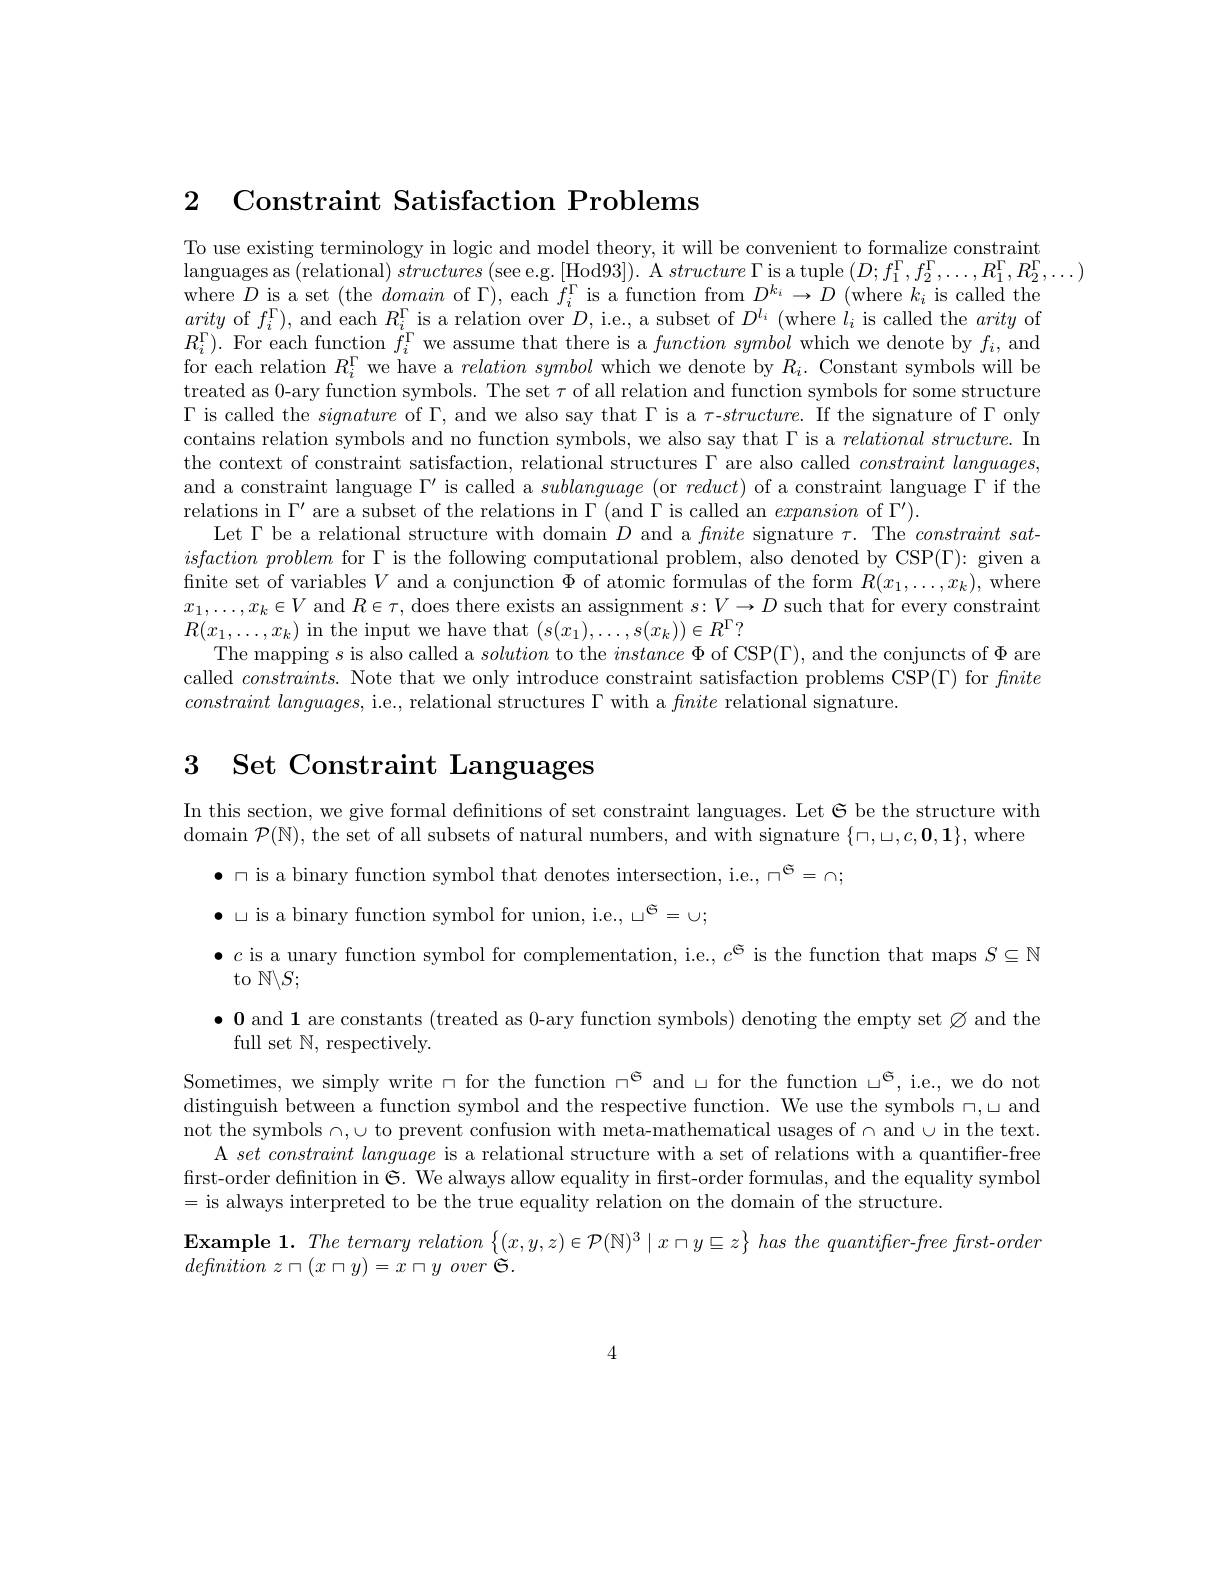
2 Constraint Satisfaction Problems

To use existing terminology in logic and model theory, it will be convenient to formalize constraint
languages as (relational) structures (see e.g. [Hod93]). A structure $\Gamma$is a tuple $(D;f_1^{\Gamma},f_2^{\Gamma},\ldots,R_1^{\Gamma},R_2^{\Gamma},\ldots)$
where $D$ is a set (the domain of $\Gamma)$, each $f_i^\Gamma$ is a function from $D^k_i\to D$ (where $k_i$ is called the arity of $f_i^\Gamma)$, and each $R_i^\Gamma$ is a relation over $D$, i.e., a subset of $D^l_i$ (where $l_i$ is called the arity of $R_{i}^{\Gamma}).$ For each function $f_i^\Gamma$ we assume that there is a $function\textit{symbol which we denote by }f_{i}$, and for each relation $R_i^\Gamma$ we have a $relation\textit{symbol which we denote by }R_i.$ Constant symbols will be treated as 0-ary function symbols. The set $\tau$ of all relation and function symbols for some structure $\Gamma$ is called the signature of $\Gamma$, and we also say that $\Gamma$ is a $\tau$-$structure.$ If the signature of $\Gamma$ only contains relation symbols and no function symbols, we also say that $\Gamma$ is a $relational\textit{ structure. In}$ the context of constraint satisfaction, relational structures $\Gamma$ are also called $constraint\textit{languages, }$ and a constraint language $\Gamma^\prime$ is called a sublanguage (or $reduct)$ of a constraint language $\Gamma$ if the relations in $\Gamma^\prime$ are a subset of the relations in $\Gamma$( and $\Gamma$ is called an expansion of $\Gamma^\prime).$
Let $\Gamma$ be a relational structure with domain $D$ and a fnite signature $\tau.$ The $constraint\textit{ sat- }$ isfaction problem for $\Gamma$ is the following computational problem, also denoted by CSP(T): given a finite set of variables $V$ and a conjunction $\Phi$ of atomic formulas of the form $R(x_1,\ldots,x_k)$, where $x_{1},\ldots,x_{k}\in V$ and $R\in\tau$, does there exists an assignment $s:V\to D$ such that for every constraint $R(x_{1},\ldots,x_{k})$ in the input we have that $(s(x_{1}),\ldots,s(x_{k}))\in R^{\Gamma}?$
The mapping $s$ is also called a solution to the instance $\Phi$ of CSP$(\Gamma)$, and the conjuncts of $\Phi$ are called $constraints.$ Note that we only introduce constraint satisfaction problems CSP(T) for fnite $constraint\textit{ languages, i. e. , relational structures }\Gamma$ with a finite relational signature.

# 3 Set Constraint Languages

In this section, we give formal defnitions of set constraint languages. Let $\mathfrak{G}$ be the structure with domain $\mathcal{P}(\mathbb{N})$, the set of all subsets of natural numbers, and with signature $\{\sqcap,\sqcup,c,\mathbf{0},\mathbf{1}\}$,where
$\bullet$ $\cap$ is a binary function symbol that denotes intersection, i.e.$,\sqcap^{\mathfrak{G}}=\cap;$
$\bullet$ L is a binary function symbol for union, i.e., $\sqcup^{\mathfrak{G}}=\cup;$
$\bullet c$ is a unary function symbol for complementation, i.e., $c^\text{\^{e}}$ is the function that maps $S\subseteq\mathbb{N}$
to $\mathbb{N}\backslash S;$

$\bullet\mathbf{0}$ and 1 are constants (treated as 0-ary function symbols) denoting the empty set Ø and the

full set $\mathbb{N}$, respectively.
Sometimes, we simply write $\cap$ for the function $\sqcap^{\mathfrak{e}}$ and $\sqcup$for the function $\sqcup ^{\mathfrak{e} }$, i.e., we do not distinguish between a function symbol and the respective function. We use the symbols $\sqcap,\sqcup$ and not the symbols $\cap,\cup$ to prevent confusion with meta-mathematical usages of$\cap$ and $\cup$in the text.
A $set\textit{ constraint language is a relational structure with a set of relations with a quantiffer- free}$ first-order definition in $\mathfrak{G}.$ We always allow equality in first-order formulas, and the equality symbol = is always interpreted to be the true equality relation on the domain of the structure.
$\textbf{Example 1.  The ternary relation }\left \{ ( x, y, z) \in \mathcal{P} ( \mathbb{N} ) ^3\mid x\sqcap y\sqsubseteq z\right \} has$ the $quantifter- free$ $first- orden$
definition $z\sqcap ( x\sqcap y) = x\sqcap y$ over $\tilde{\mathcal{S} } .$

4